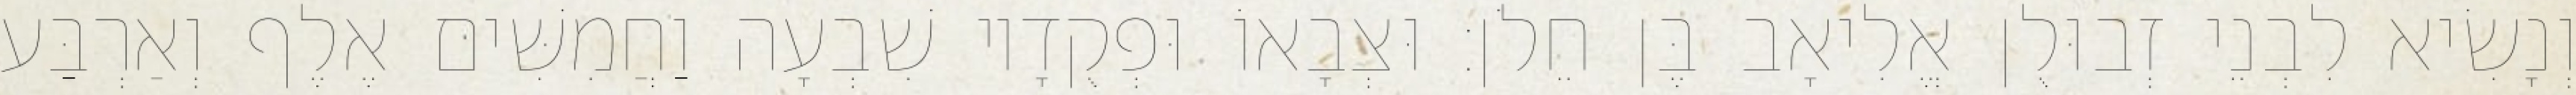
וְנָשִׂיא לִבְנֵי זְבוּלֻן אֱלִיאָב בֶּן חֵלֹן׃ וּצְבָאוֹ וּפְקֻדָיו שִׁבְעָה וַחֲמִשִּׁים אֶלֶף וְאַרְבַּע